Report of the Municipal Commissioner on the plague in Bombay for the year ending 31st May... - Volume 1
Disease focus: Plague
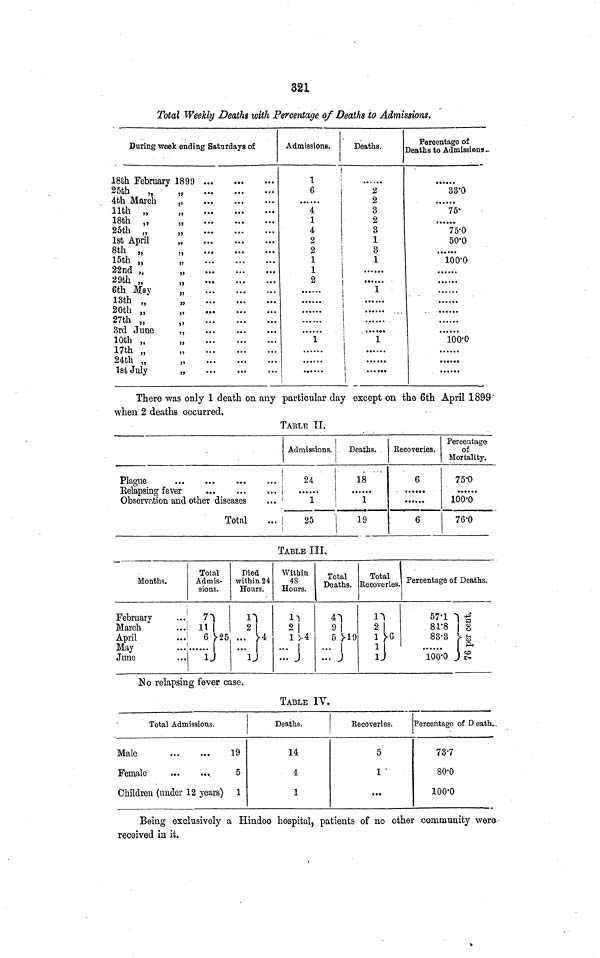
321
Total Weekly Deaths with Percentage of Deaths to Admissions,
During week ending Saturdays of
18fch February
25th
4th March
llth „
18th „
25th „
1st April
8th „
15th „
22nd „
29th „
6th May
13th
20th ''
27th 4UU
,,
3rd June
10th ,.
17th
24th
1st July
1899
,,
•••
•••
•••
i
•••
•••
•••
,,
...
...
...
,,
••
•••
•••
...
„
...
...
...
„
...
...
...
,,
...
...
...
,
...
...
...
'
,,
Admissions.
1
6
......
4
1
4
2
2
1
1
2
1
Deaths.
2
2
3
2
3
1
3
1
! "T
i
i
i i
i
i
i
i i
!
Percentage of
Deaths to Admissions. -
33'0
.,..,.
75'
75-0
50.0
• • • •••
100.0
100.0
There was only 1 death on any particular day except on the 6th April 1899
when 2 deaths occurred.
TABLE II.
Percentage
, Admissions.
Deaths.
Recoveries.
of
Mortality.
.
Plague
|
24
18
6
75'0
Eelapsing fever
j
Observation and other diseases
... •
1
1
100-0
Total
.., i
25
'
19
6
76'0
TABLE III.
Months.
February
March
April
May
June
Total
Admis-
sions.
n
HI
6 25
1
U
Died
within 24
Hours.
n
2|
... 4
... |
U
Within
48
Hours.
IT
2|
lU
...
... J
Tnt.n 1
Deaths.
9|
5 19
... |
Total
Recoveries.
n
2|
1G
1
U
Percentage of Deaths.
57-1 1 -g
81-8 | g
83-3 V-g
lOO'O J g
No relapsing fever case.
TABLE IV.
Total Admissions.
Male
19
Female
5
Children (under 12 years) 1
Deaths.
14
4
1
Recoveries.
5
1
...
Percentage of -D eath.
73-7
80-0
lOO'O
Being exclusively a Hindoo hospital, patients of no other community were-
received in it.